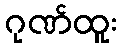
ဂုဏ်ထူး